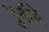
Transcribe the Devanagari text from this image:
मुनींचे